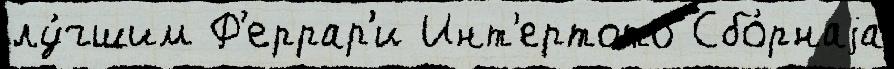
лу́чшим Ф'еррар'и Инт'ертото Сбо́рнаjа